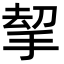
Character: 𢭋